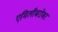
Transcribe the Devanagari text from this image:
एमिलीबरोबर